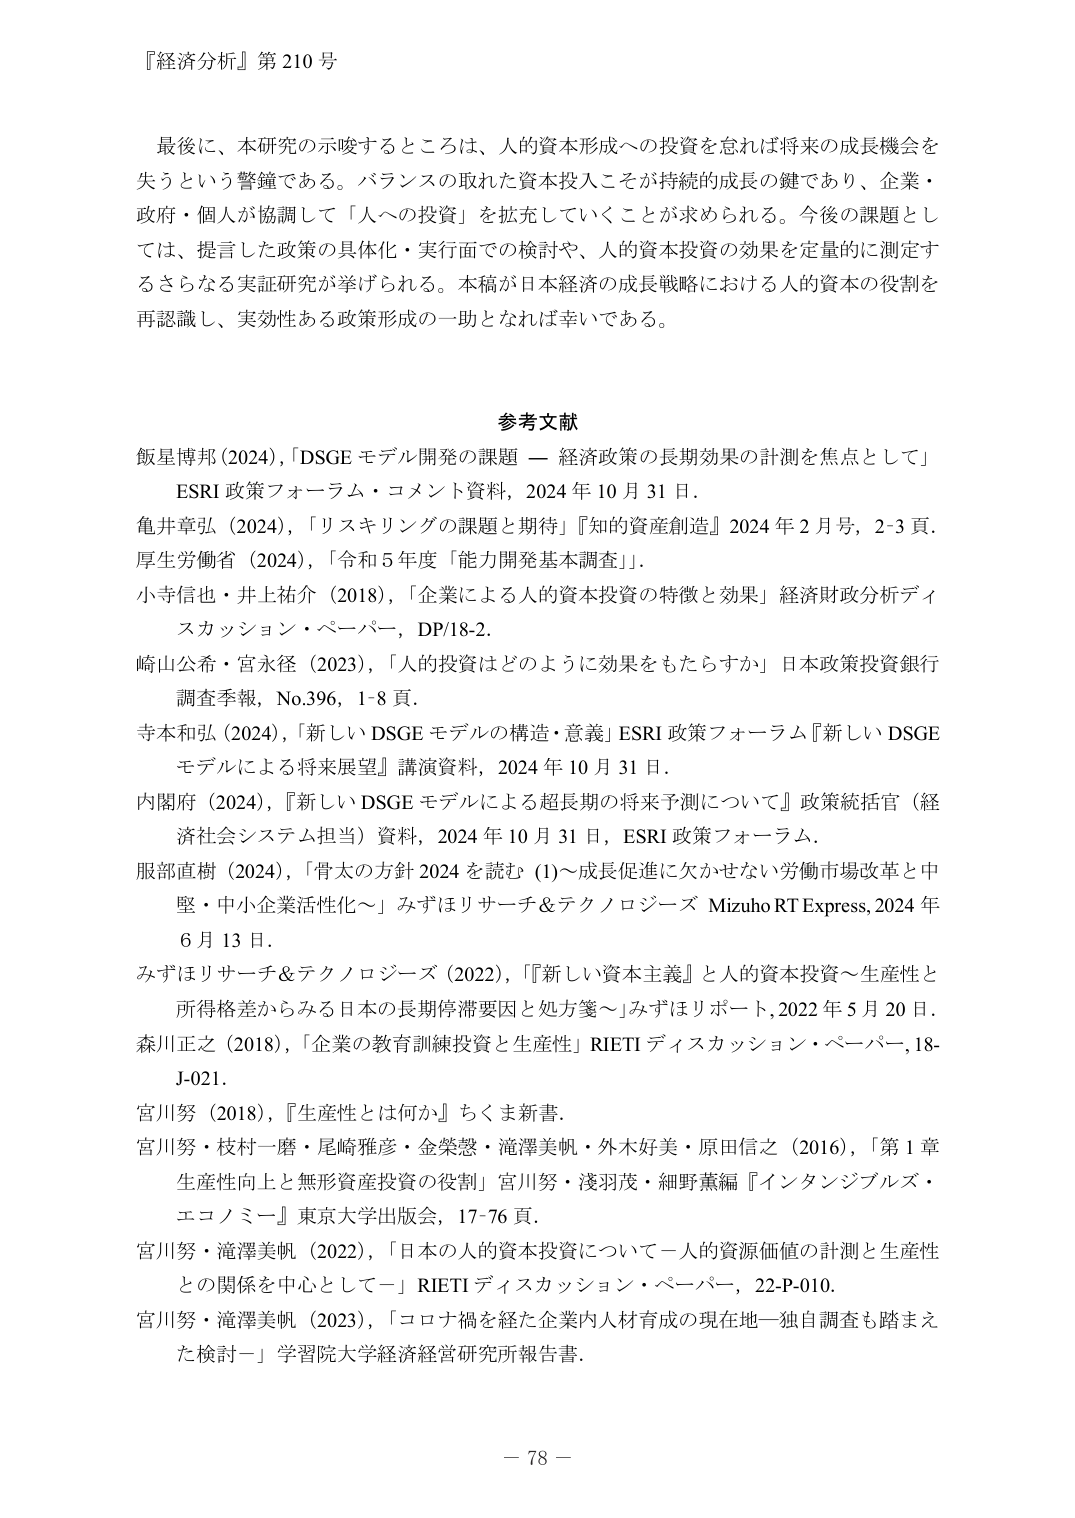
『経済分析』第210号

最後に、本研究の示唆するところは、人的資本形成への投資を怠れば将来の成長機会を失うという警鐘である。バランスの取れた資本投入こそが持続的成長の鍵であり、企業・政府・個人が協調して「人への投資」を拡充していくことが求められる。今後の課題としては、提言した政策の具体化・実行面での検討や、人的資本投資の効果を定量的に測定するさらなる実証研究が挙げられる。本稿が日本経済の成長戦略における人的資本の役割を再認識し、実効性ある政策形成の一助となれば幸いである。

参考文献

飯星博邦（2024），「DSGE モデル開発の課題 — 経済政策の長期効果の計測を焦点として」
ESRI 政策フォーラム・コメント資料，2024 年 10 月 31 日。

亀井章弘（2024），「リスキリングの課題と期待」『知的資産創造』2024 年 2 月号，2-3 頁。

厚生労働省（2024），「令和 5 年度「能力開発基本調査」」。

小寺信也・井上祐介（2018），「企業による人的資本投資の特徴と効果」経済財政分析ディスカッション・ペーパー，DP/18-2。

崎山公希・宮永径（2023），「人的投資はどのように効果をもたらすか」日本政策投資銀行調査季報，No.396，1-8 頁。

寺本和弘（2024），「新しい DSGE モデルの構造・意義」ESRI 政策フォーラム『新しい DSGE モデルによる将来展望』講演資料，2024 年 10 月 31 日。

内閣府（2024），「新しい DSGE モデルによる超長期の将来予測について」政策統括官（経済社会システム担当）資料，2024 年 10 月 31 日，ESRI 政策フォーラム。

服部直樹（2024），「骨太の方針 2024 を読む (1)～成長促進に欠かせない労働市場改革と中堅・中小企業活性化～」みずほリサーチ＆テクノロジーズ Mizuho RT Express，2024 年 6 月 13 日。

みずほリサーチ＆テクノロジーズ（2022），「『新しい資本主義』と人的資本投資～生産性と所得格差からみる日本の長期停滞要因と処方箋～」みずほリポート，2022 年 5 月 20 日。

森川正之（2018），「企業の教育訓練投資と生産性」RIETI ディスカッション・ペーパー，18-J-021。

宮川努（2018），『生産性とは何か』ちくま新書。

宮川努・枝村一磨・尾崎雅彦・金榮憲・滝澤美帆・外木好美・原田信之（2016），「第 1 章 生産性向上と無形資産投資の役割」宮川努・淺羽茂・細野薫編『インタンジブルズ・エコノミー』東京大学出版会，17-76 頁。

宮川努・滝澤美帆（2022），「日本的人的資本投資について一人的資源価値の計測と生産性との関係を中心としてー」RIETI ディスカッション・ペーパー，22-P-010。

宮川努・滝澤美帆（2023），「コロナ禍を経た企業内人材育成の現在地ー独自調査も踏まえた検討ー」学習院大学経済経営研究所報告書。

－ 78 －